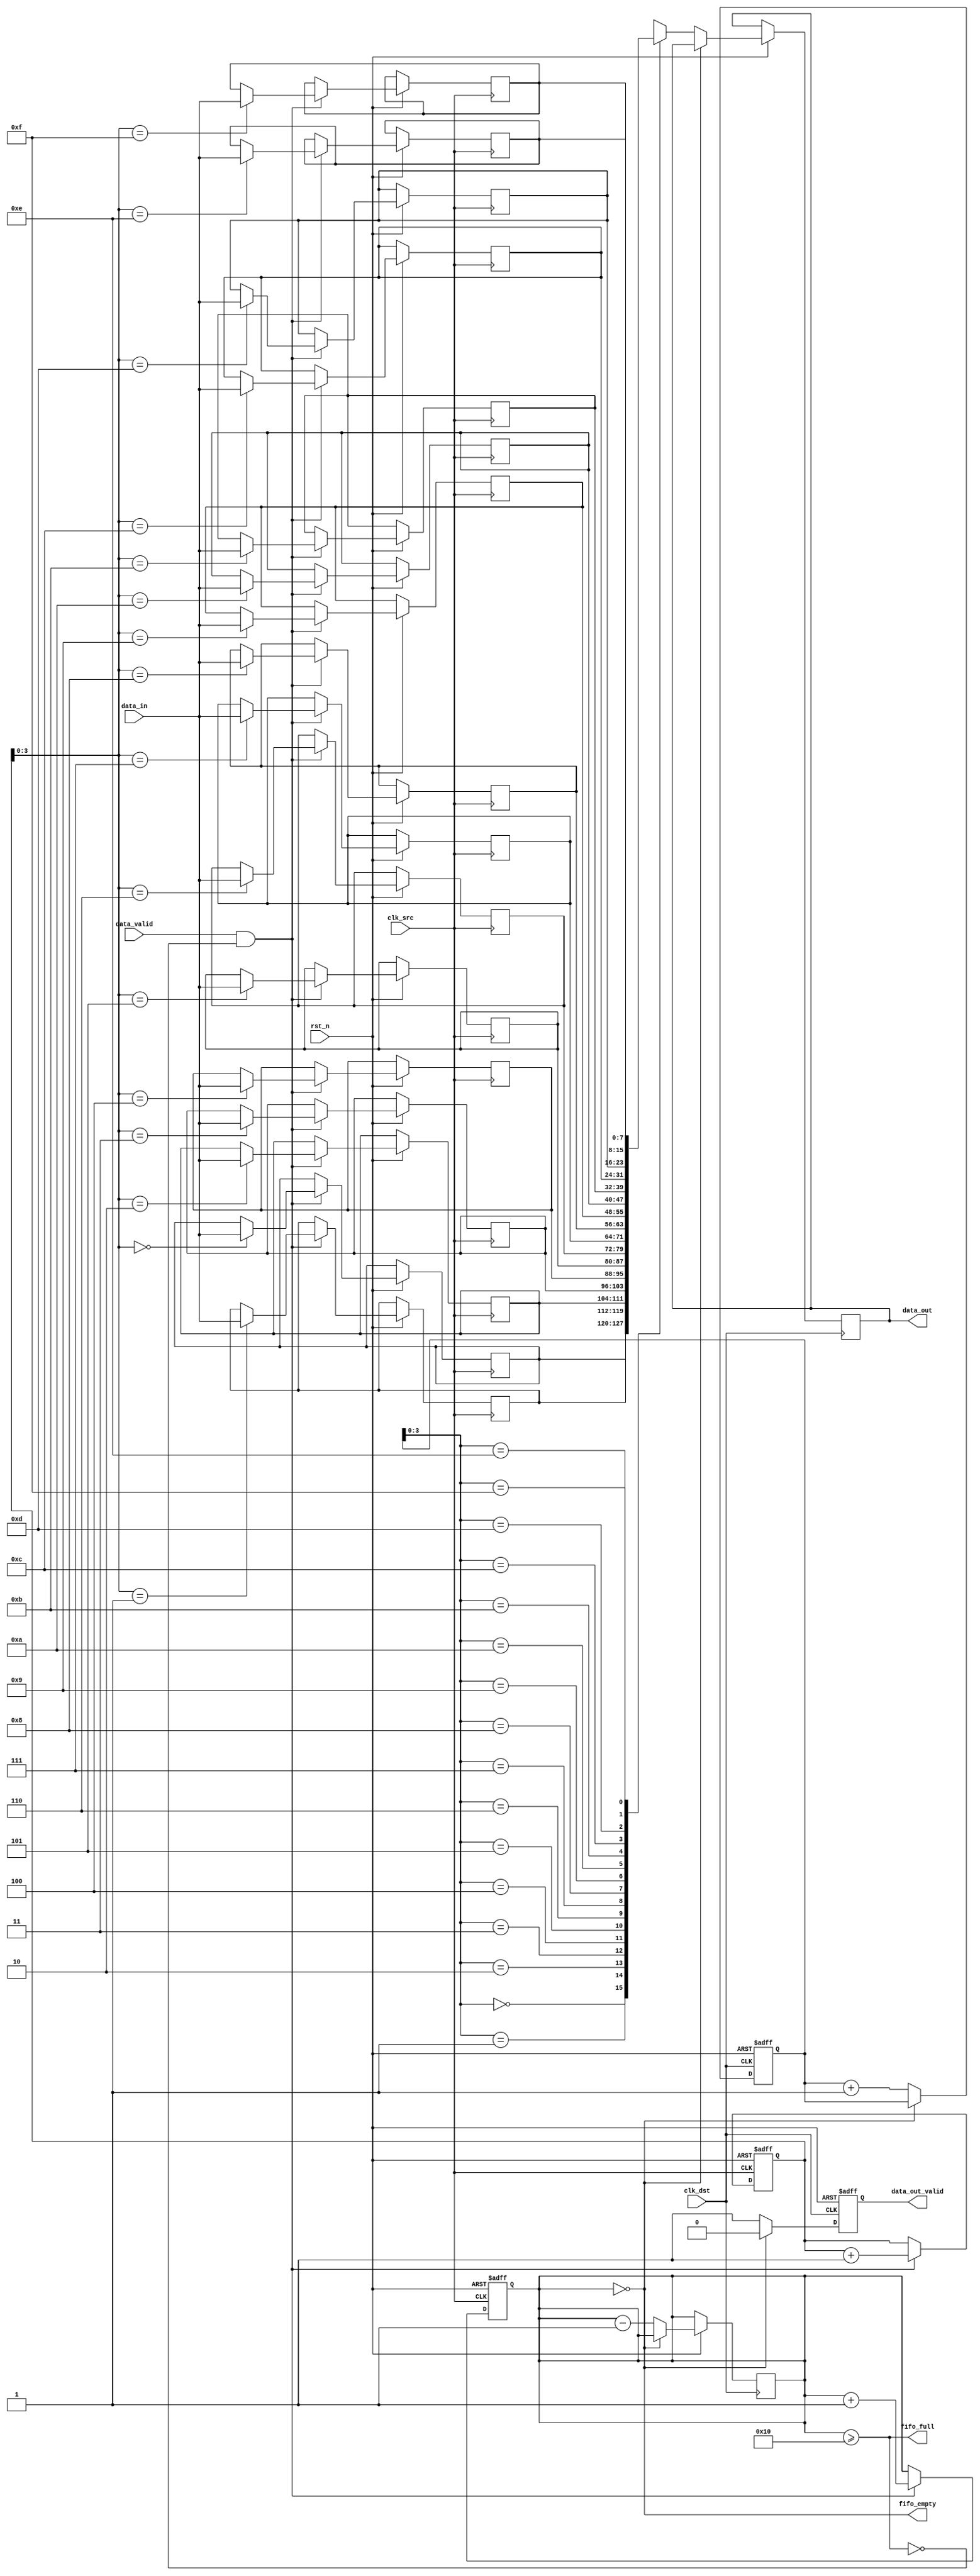
module BurstModeSynchronizer #(
    parameter DATA_WIDTH = 8,
    parameter FIFO_DEPTH = 16
)(
    input wire clk_src,            // Source clock
    input wire clk_dst,            // Destination clock
    input wire rst_n,              // Active low reset
    input wire [DATA_WIDTH-1:0] data_in, // Data input from source clock domain
    input wire data_valid,         // Data valid signal from source
    output reg [DATA_WIDTH-1:0] data_out, // Data output to destination clock domain
    output reg data_out_valid,     // Data valid signal for destination clock domain
    output wire fifo_full,         // FIFO full indicator
    output wire fifo_empty         // FIFO empty indicator
);

    // FIFO memory
    reg [DATA_WIDTH-1:0] fifo_mem[FIFO_DEPTH-1:0];
    reg [4:0] write_ptr;           // Write pointer
    reg [4:0] read_ptr;            // Read pointer
    reg [4:0] fifo_count;          // FIFO item count

    // Synchronization registers for control signals
    reg data_valid_sync1, data_valid_sync2;
    reg [DATA_WIDTH-1:0] data_in_sync1, data_in_sync2;

    // FIFO write control logic in the source clock domain
    always @(posedge clk_src or negedge rst_n) begin
        if (!rst_n) begin
            write_ptr <= 5'd0;
            fifo_count <= 5'd0;
        end else begin
            if (data_valid && !fifo_full) begin
                fifo_mem[write_ptr] <= data_in;
                write_ptr <= write_ptr + 1;
                fifo_count <= fifo_count + 1;
            end
        end
    end

    // FIFO read control logic in the destination clock domain
    always @(posedge clk_dst or negedge rst_n) begin
        if (!rst_n) begin
            read_ptr <= 5'd0;
            data_out_valid <= 1'b0;
        end else begin
            if (!fifo_empty) begin
                data_out <= fifo_mem[read_ptr];
                data_out_valid <= 1'b1;
                read_ptr <= read_ptr + 1;
                fifo_count <= fifo_count - 1;
            end else begin
                data_out_valid <= 1'b0;
            end
        end
    end

    // Synchronizing data_valid signal from source clock domain to destination clock domain
    always @(posedge clk_dst or negedge rst_n) begin
        if (!rst_n) begin
            data_valid_sync1 <= 1'b0;
            data_valid_sync2 <= 1'b0;
            data_in_sync1 <= {DATA_WIDTH{1'b0}};
            data_in_sync2 <= {DATA_WIDTH{1'b0}};
        end else begin
            data_valid_sync1 <= data_valid;
            data_in_sync1 <= data_in;
            data_valid_sync2 <= data_valid_sync1;
            data_in_sync2 <= data_in_sync1;
        end
    end

    // FIFO full and empty status signals
    assign fifo_full = (fifo_count >= FIFO_DEPTH);
    assign fifo_empty = (fifo_count == 0);

endmodule